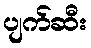
ပျက်ဆီး